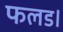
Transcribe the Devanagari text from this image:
फलड।